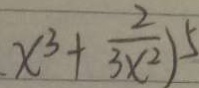
x ^ { 3 } + \frac { 2 } { 3 x ^ { 2 } } ) ^ { 5 }